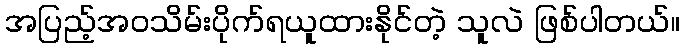
အပြည့်အဝသိမ်းပိုက်ရယူထားနိုင်တဲ့ သူလဲ ဖြစ်ပါတယ်။